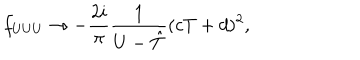
LaTeX: f _ { U U U } \rightarrow - \frac { 2 i } { \pi } \frac { 1 } { U - { \hat { T } } } ( c T + d ) ^ { 2 } ,